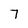
Character: 7